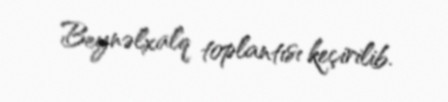
Beynəlxalq toplantısı keçirilib.